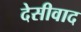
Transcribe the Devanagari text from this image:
देसीवाद